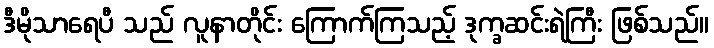
ဒီမိုသာရေပီ သည် လူနာတိုင်း ကြောက်ကြသည့် ဒုက္ခဆင်းရဲကြီး ဖြစ်သည်။